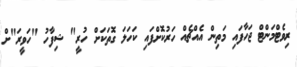
ރިވެޓްމަންޓް ޖަހާފައި މަތިން އެއްޗެއް ހަރުކޮށްފައި ކަހަލަ ގޮތަކަށް ހުރީ" ޝިފާހު "ހަވީރަ"ށް